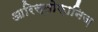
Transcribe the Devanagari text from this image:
आरिस्तोफ़ानिज़